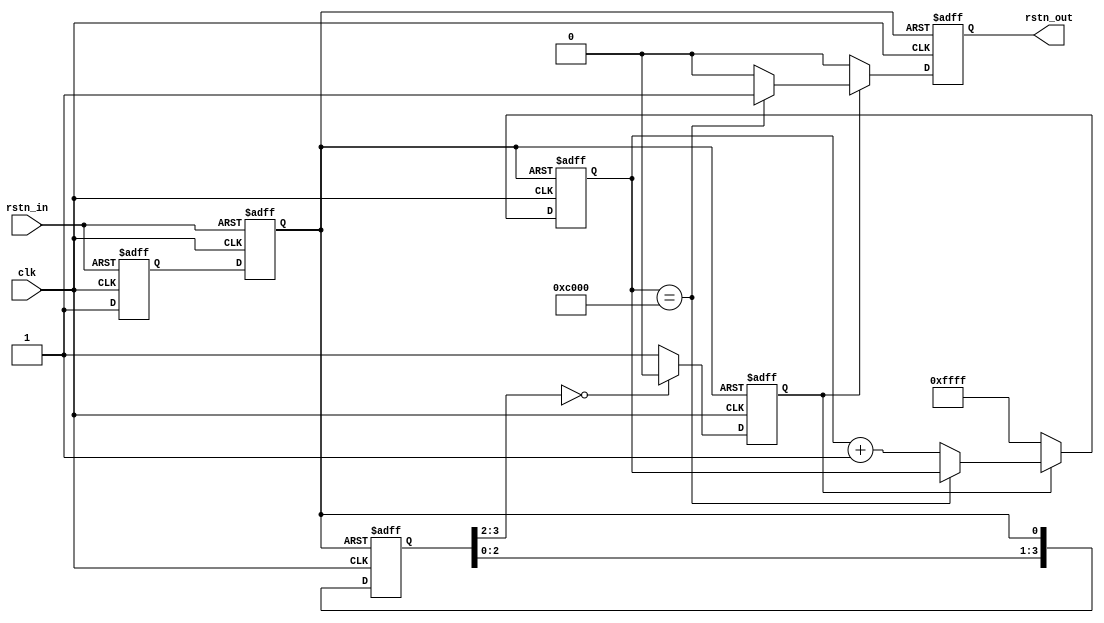
//******************************************************************
// Copyright (c) 2015 PANGO MICROSYSTEMS, INC
// ALL RIGHTS REVERVED.
//******************************************************************
`timescale 1ns/1ps
module  hsst_rst_cross_sync_v1_0 #(
    parameter RST_CNTR_WIDTH     = 16,
    parameter RST_CNTR_VALUE     = 16'hC000
)(
    // Reset and Clock
    input           clk,
    input           rstn_in,

    output  reg     rstn_out
);

//****************************************************************************//
//                      Internal Signal                                       //
//****************************************************************************//
    reg rs1;
    reg rs2;

    wire                          rstn_inner;
    reg     [3:0]                 rstn_inner_d;
    reg                           rstn_sync;
    reg     [RST_CNTR_WIDTH-1:0]  cnt_rst;

//****************************************************************************//
//                      Sequential and Logic                                  //
//****************************************************************************//
    always@(posedge clk or negedge rstn_in) 
    begin
        if(!rstn_in) 
        begin
            rs1<=0;
            rs2<=0;
        end
        else
        begin
            rs1<=1;
            rs2<=rs1;
        end
    end


    assign rstn_inner = rs2;

    `ifdef IPSL_PCIE_SPEEDUP_SIM
        initial begin
            rstn_inner_d = 4'hf; //CLM reg default value is 1
            rstn_sync    = 1'b1;
            cnt_rst      = {RST_CNTR_WIDTH{1'b1}};
            rstn_out     = 1'b1;
        end
    `endif

    always @(posedge clk or negedge rstn_inner)
    begin
        if (!rstn_inner) begin
            rstn_inner_d <= 4'h0; //CLM reg default value is 1
            rstn_sync    <= 1'b0;
            cnt_rst      <= {RST_CNTR_WIDTH{1'b1}};
            rstn_out     <= 1'b0;
        end
        else begin
            rstn_inner_d <= {rstn_inner_d[2:0], rstn_inner};

            if (rstn_inner_d[3:2] == 2'd0)
                rstn_sync <= 1'b0;
            else
                rstn_sync <= 1'b1;

            if (~rstn_sync) begin
                cnt_rst <= {RST_CNTR_WIDTH{1'b1}};
                rstn_out   <= 1'b0;
            end
            else if (cnt_rst == RST_CNTR_VALUE)
                rstn_out <= 1'b1;
            else begin
                rstn_out <= 1'b0;
                cnt_rst <= cnt_rst + {{(RST_CNTR_WIDTH-1){1'b0}}, 1'b1};
            end
        end
    end
endmodule